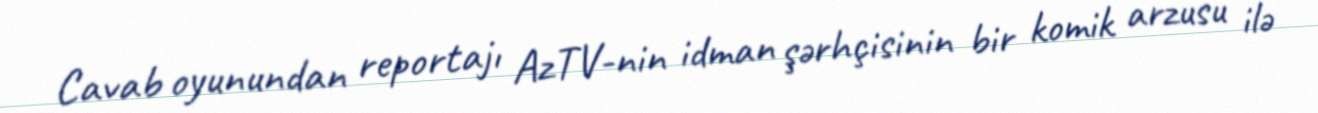
Cavab oyunundan reportajı AzTV-nin idman şərhçisinin bir komik arzusu ilə